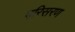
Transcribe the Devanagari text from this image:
परिसरण